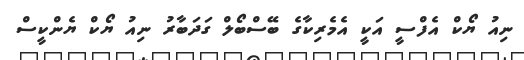
ނިއު ޔޯކް އެފްސީ އަކީ އެމެރިކާގެ ބޭސްބޯލް ގަދަބާރު ނިއު ޔޯކް ޔެންކީސް